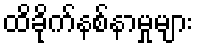
ထိခိုက်နစ်နာမှုများ